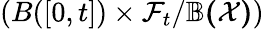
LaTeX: (B([0,t])\times\mathcal{F}_{t}/\mathbb{B(\mathcal{X})})